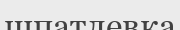
шпатлевка